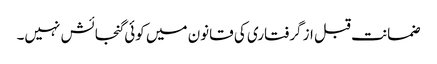
ضمانت قبل از گرفتاری کی قانون میں کوئی گنجائش نہیں۔